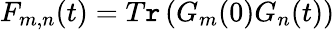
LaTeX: {{F}_{m,n}}(t)=T\mathtt{r}\left({{G}_{m}(0)}{{G}_{n}}(t)\right)